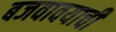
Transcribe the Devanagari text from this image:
बजवावयाची